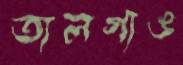
তালগাঙ